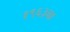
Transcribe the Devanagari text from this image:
१९६३चा